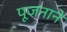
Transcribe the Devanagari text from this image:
पूजनाने